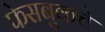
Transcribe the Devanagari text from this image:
फेसबुकचे